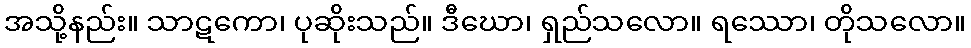
အသို့နည်း။ သာဋကော၊ ပုဆိုးသည်။ ဒီဃော၊ ရှည်သလော။ ရဿော၊ တိုသလော။